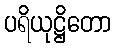
ပရိယုဋ္ဌိတော